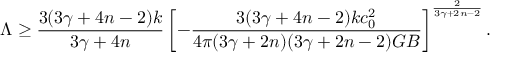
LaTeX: \Lambda \geq { \frac { 3 ( 3 \gamma + 4 n - 2 ) k } { 3 \gamma + 4 n } } \left[ - { \frac { 3 ( 3 \gamma + 4 n - 2 ) k c _ { 0 } ^ { 2 } } { 4 \pi ( 3 \gamma + 2 n ) ( 3 \gamma + 2 n - 2 ) G B } } \right] ^ { \frac { 2 } { 3 \gamma + 2 n - 2 } } .